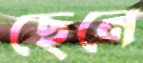
ছেনে